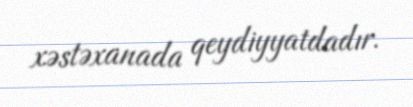
xəstəxanada qeydiyyatdadır.